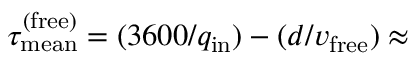
\tau _ { \mathrm { m e a n } } ^ { \mathrm { ( f r e e ) } } = ( 3 6 0 0 / q _ { \mathrm { i n } } ) - ( d / v _ { \mathrm { f r e e } } ) \approx